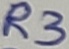
Text: R3